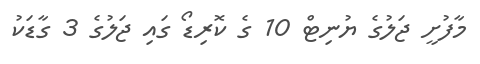
މާފުށީ ޖަލުގެ ޔުނިޓް 10 ގެ ކޮރިޑޯ ގައި ޖަލުގެ 3 ގާޑަކު